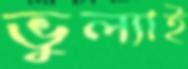
ভুল্যাই